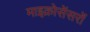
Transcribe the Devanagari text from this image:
माइक्रोसेंसरों